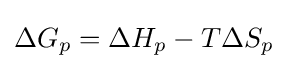
\Delta G_{p}=\Delta H_{p}-T\Delta S_{p}